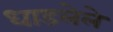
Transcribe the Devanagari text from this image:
धाडलेले